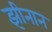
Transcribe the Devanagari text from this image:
झीनान